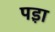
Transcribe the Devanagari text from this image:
पड़़ा